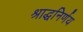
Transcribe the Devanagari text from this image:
श्राद्धनिर्णय